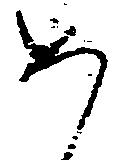
め